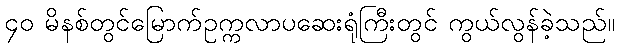
၄၀ မိနစ်တွင်မြောက်ဥက္ကလာပဆေးရုံကြီးတွင် ကွယ်လွန်ခဲ့သည်။